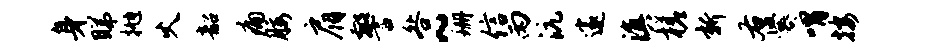
身睇抛火韶痛腰肩警咎~珊信丙沆邃滇槎新右爨喟按